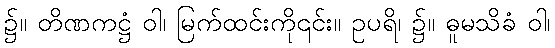
၌။ တိဏကဋ္ဌံ ဝါ၊ မြက်ထင်းကို၎င်း။ ဥပရိ၊ ၌။ ဓူမသိခံ ဝါ၊